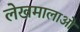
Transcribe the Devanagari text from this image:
लेखमालाओं